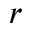
r